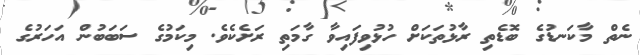
ނެތް މާކަނޑުގެ ބޮޑެތި ރާޅުތަކަށް ހުޅުވިފައިވާ ގާމަތި ރަށެކެވެ. މިކަމުގެ ސަބަބުން އަހަރުގެ